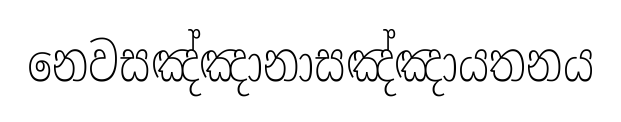
නෙවසඤ්ඤානාසඤ්ඤායතනය